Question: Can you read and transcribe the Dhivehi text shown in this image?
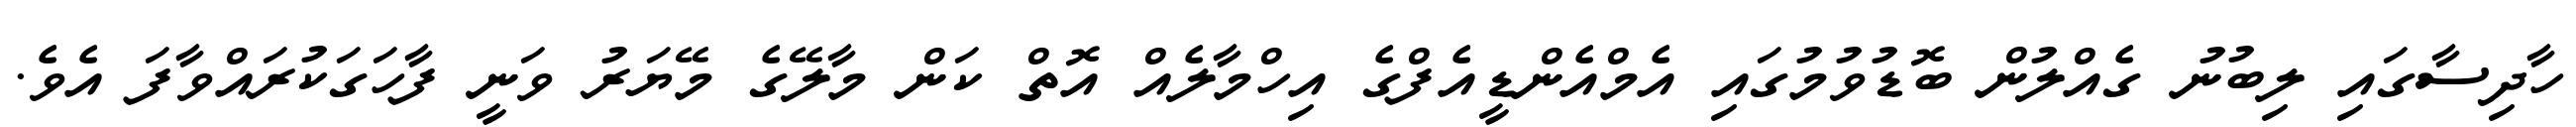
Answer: ހާދިސާގައި ލިބުނު ގެއްލުން ބޮޑުވުމުގައި އެމްއެންޑީއެފްގެ އިހްމާލެއް އޮތް ކަން މާލޭގެ މޭޔަރު ވަނީ ފާހަގަކުރައްވާފަ އެވެ.